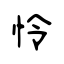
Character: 怜